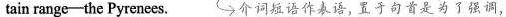
tain range-the Pyrenees. 介词语作表语,置于句首是为了强调,